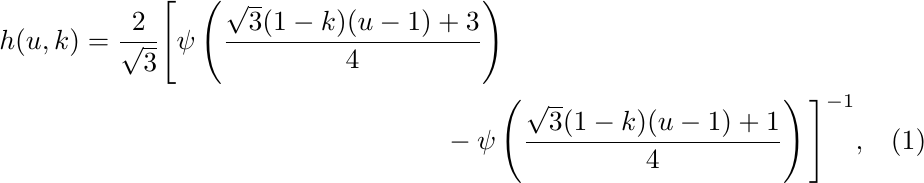
\begin{multline}
    h(u, k) = \frac{2}{\sqrt{3}}\Bigg[ \psi\left(\frac{\sqrt{3}(1-k)(u-1)+3}{4} \right)  \\
    -\psi\left(\frac{\sqrt{3}(1-k)(u-1)+1}{4}\right) \Bigg]^{-1},
\end{multline}